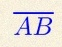
\overline{AB}